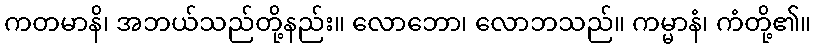
ကတမာနိ၊ အဘယ်သည်တို့နည်း။ လောဘော၊ လောဘသည်။ ကမ္မာနံ၊ ကံတို့၏။